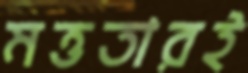
মত্ততারই